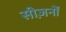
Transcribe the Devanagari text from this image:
सीज़नोंं